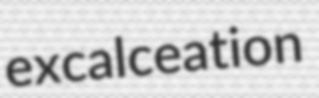
excalceation